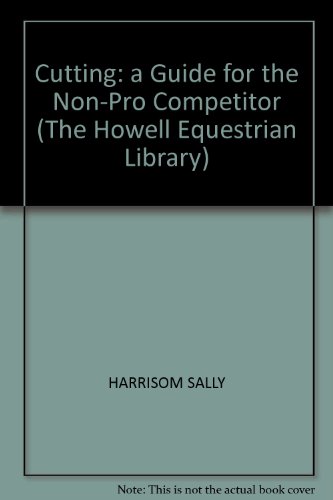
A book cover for Cutting: A Guide for the Non-Pro Competitor (The Howell Equestrian Library); Sally Harrison; Sports & Outdoors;